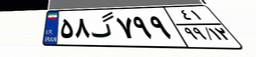
۵۸گ۷۹۹۴۱